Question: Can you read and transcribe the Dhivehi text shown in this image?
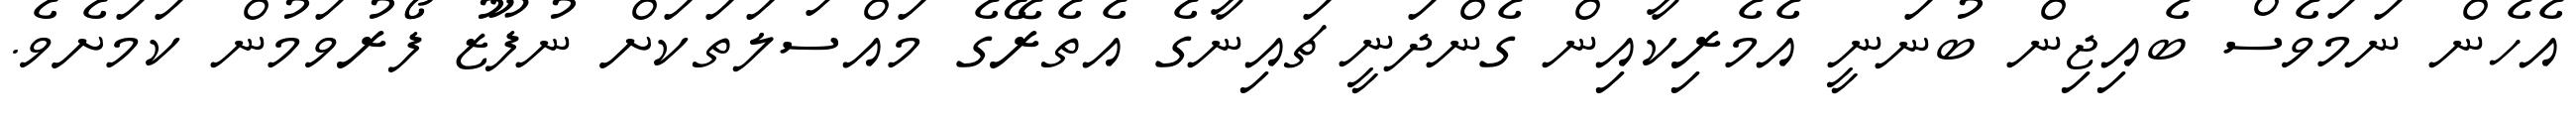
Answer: އެހެން ނަމަވެސް ބެއިޖިން ބުނަނީ އެމެރިކާއިން ގެންދަނީ ޗައިނާގެ އެތެރޭގެ މައްސަލަތަކަށް ނުފޫޒު ފޯރުވަމުން ކަމަށެވެ.